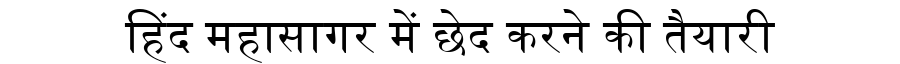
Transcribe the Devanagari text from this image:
हिंद महासागर में छेद करने की तैयारी